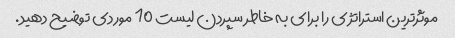
موثرترین استراتژی را برای به خاطر سپردن لیست 10 موردی توضیح دهید.